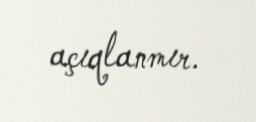
açıqlanmır.